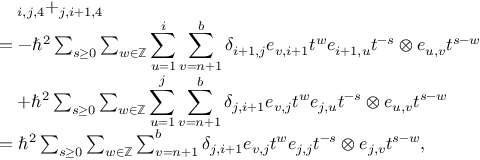
\begin{array} { r l } & { \quad _ { i , j , 4 } + _ { j , i + 1 , 4 } } \\ & { = - \hbar ^ { 2 } \sum _ { s \geq 0 } \sum _ { w \in \mathbb { Z } } \displaystyle \sum _ { u = 1 } ^ { i } \sum _ { v = n + 1 } ^ { b } \delta _ { i + 1 , j } e _ { v , i + 1 } t ^ { w } e _ { i + 1 , u } t ^ { - s } \otimes e _ { u , v } t ^ { s - w } } \\ & { \quad + \hbar ^ { 2 } \sum _ { s \geq 0 } \sum _ { w \in \mathbb { Z } } \displaystyle \sum _ { u = 1 } ^ { j } \sum _ { v = n + 1 } ^ { b } \delta _ { j , i + 1 } e _ { v , j } t ^ { w } e _ { j , u } t ^ { - s } \otimes e _ { u , v } t ^ { s - w } } \\ & { = \hbar ^ { 2 } \sum _ { s \geq 0 } \sum _ { w \in \mathbb { Z } } \sum _ { v = n + 1 } ^ { b } \delta _ { j , i + 1 } e _ { v , j } t ^ { w } e _ { j , j } t ^ { - s } \otimes e _ { j , v } t ^ { s - w } , } \end{array}